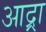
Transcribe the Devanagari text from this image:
आद्र्रा